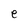
Character: e